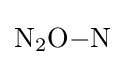
{\mathrm {N} {\vphantom {A}}_{\smash[{t}]{2}}\mathrm {O} {-}\mathrm {N} }